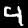
Label: 4